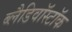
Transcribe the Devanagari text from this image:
ब्लैडिवॉस्टॉक